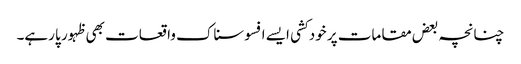
چنانچہ بعض مقامات پر خود کشی ایسے افسوسناک واقعات بھی ظہور پا رہے۔